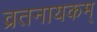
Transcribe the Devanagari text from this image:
व्रतनायकम्